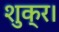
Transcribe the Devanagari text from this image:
शुक्र।